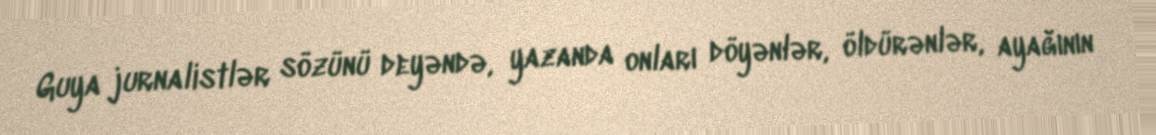
Guya jurnalistlər sözünü deyəndə, yazanda onları döyənlər, öldürənlər, ayağının